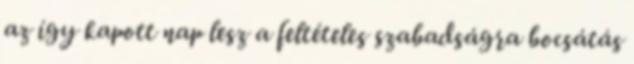
az így kapott nap lesz a feltételes szabadságra bocsátás